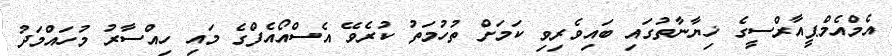
އެމްއެމްޕީއާރްސީގެ ޚިޔާނާތުގައި ބައިވެރިވި ކަމަށް ތުހުމަތު ކުރެވޭ އެސްއޯއެފްގެ މައި ހިއްސާރު މުހައްމަދު